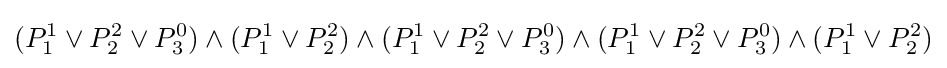
(P_{1}^{1}\lor P_{2}^{2}\lor P_{3}^{0})\land (P_{1}^{1}\lor P_{2}^{2})\land (P_{1}^{1}\lor P_{2}^{2}\lor P_{3}^{0})\land (P_{1}^{1}\lor P_{2}^{2}\lor P_{3}^{0})\land (P_{1}^{1}\lor P_{2}^{2})